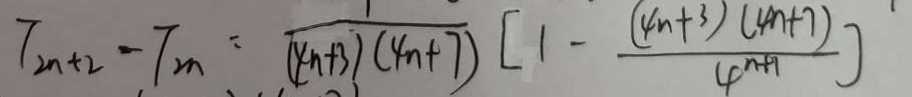
T _ { 2 n + 2 } - T _ { m } = \frac { 1 } { ( 4 n + 3 ) ( 4 n + 7 ) } [ 1 - \frac { ( 4 n + 3 ) ( 4 n + 7 ) } { 4 ^ { n + 1 } } ]